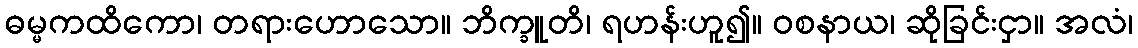
ဓမ္မကထိကော၊ တရားဟောသော။ ဘိက္ခူတိ၊ ရဟန်းဟူ၍။ ဝစနာယ၊ ဆိုခြင်းငှာ။ အလံ၊